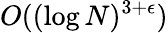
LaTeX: O((\log N)^{3+\epsilon})